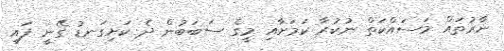
ނާރުތައް މަަސައްކަތް ނުކުރާ ކަމަށާއި މީގެ ސަބަބުން ދެ ކަށިގަނޑު ގޭނީ ފައި